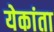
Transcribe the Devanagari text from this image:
येकांता